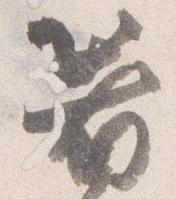
箸